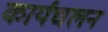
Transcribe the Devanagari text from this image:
कार्यचलन